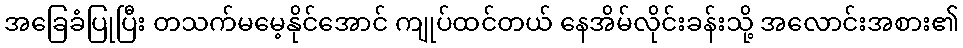
အခြေခံပြုပြီး တသက်မမေ့နိုင်အောင် ကျုပ်ထင်တယ် နေအိမ်လိုင်းခန်းသို့ အလောင်းအစား၏